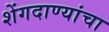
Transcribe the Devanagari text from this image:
शेंगदाण्यांचा